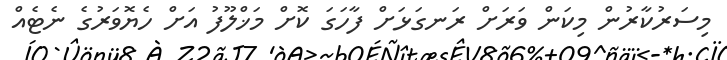
މިސަރުކާރުން މިކަން ވަރަށް ރަނގަޅަށް ފާހަގަ ކޮށް މަޚްލޫފު އަށް ހެޔޮވަރުގެ ނެޓެއް